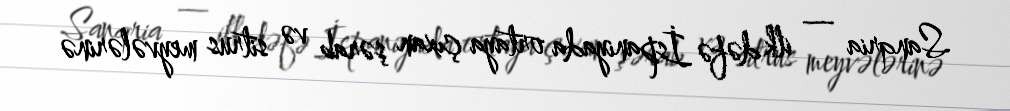
Sanqria — ilk dəfə İspaniyada ortaya çıxan şərab və sitrus meyvələrinə